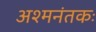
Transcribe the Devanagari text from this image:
अश्‍मनंतकः